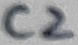
Text: C2